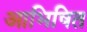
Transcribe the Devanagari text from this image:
आभिषित